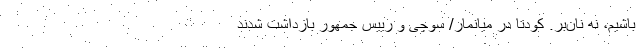
باشیم، نه نان‌بُر. کودتا در میانمار/ سوچی و رییس جمهور بازداشت شدند